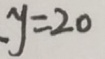
y = 2 0